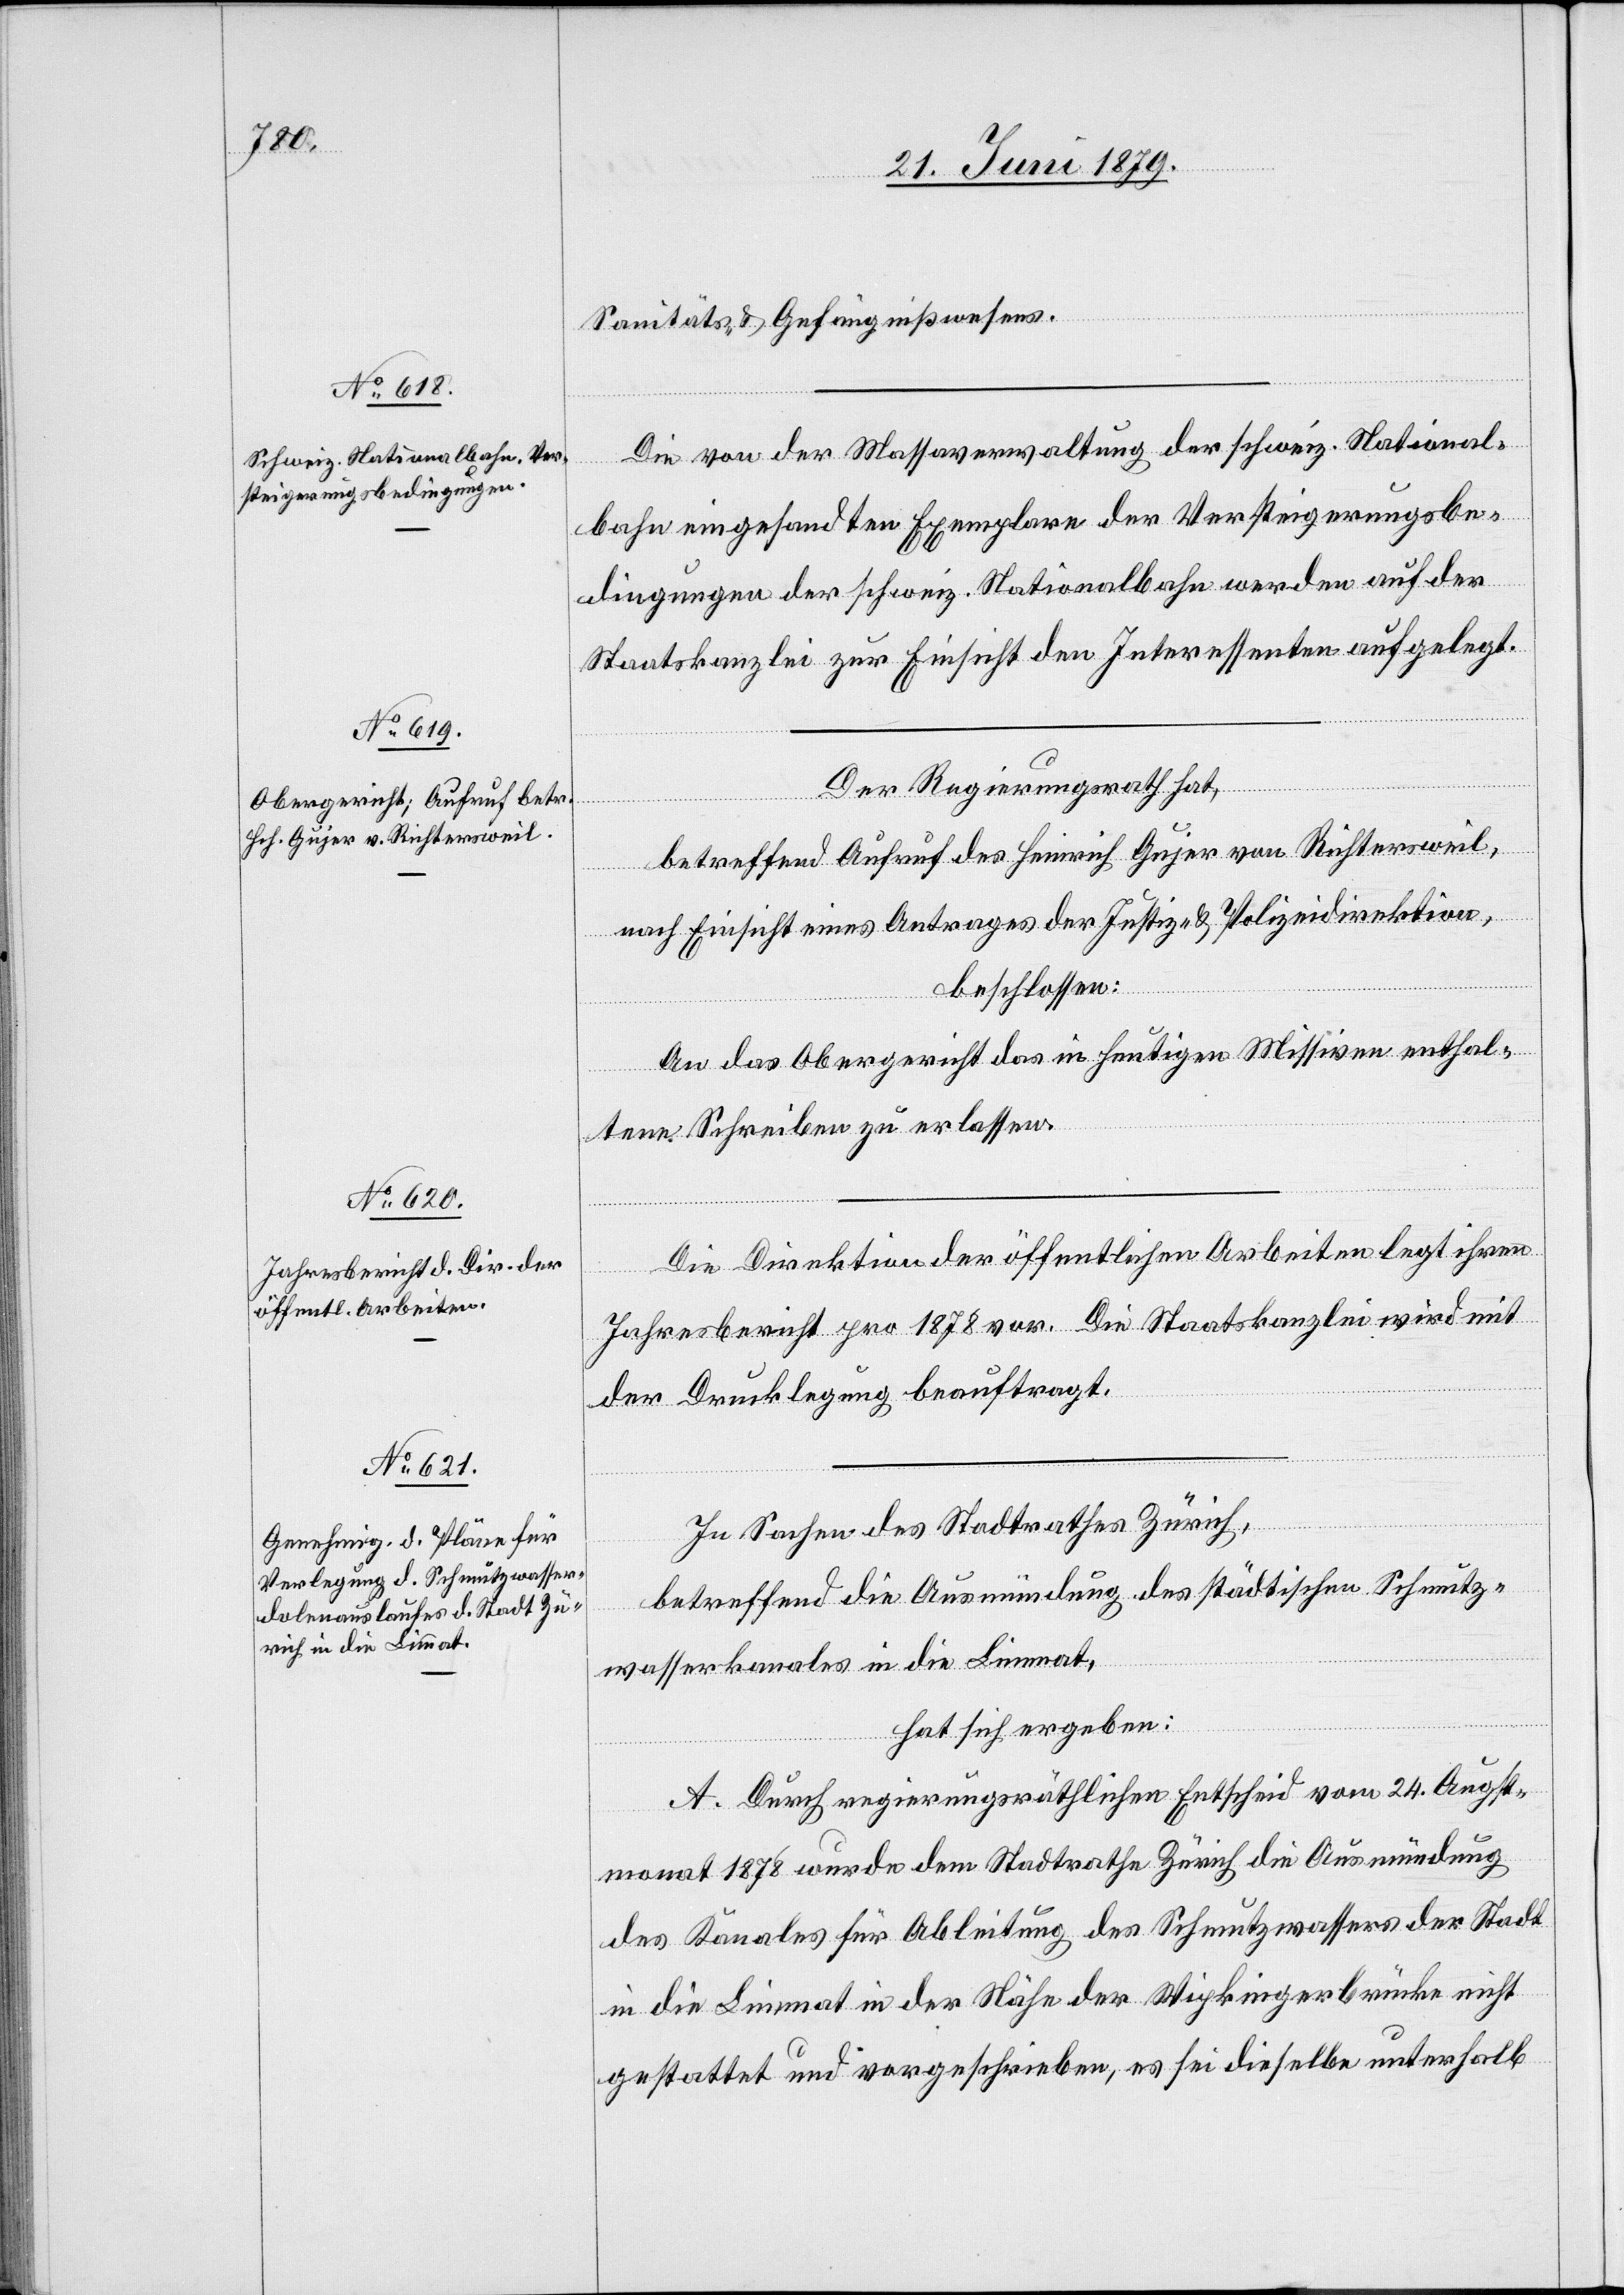
Sanitäts- & Gefängnißwesens.
Die von der Massaverwaltung der schweiz. National¬
bahn eingesandten Exemplare der Versteigerungsbe¬
dingungen der schweiz. Nationalbahn werden auf der
Staatskanzlei zur Einsicht den Interessenten aufgelegt.
Der Regierungsrath hat,
betreffend Aufruf des Heinrich Gujer von Richtersweil,
nach Einsicht eines Antrages der Justiz- & Polizeidirektion,
beschlossen:
An das Obergericht das in heutigen Missiven enthal¬
tene Schreiben zu erlassen.
Die Direktion der öffentlichen Arbeiten legt ihren
Jahresbericht pro 1878 vor. Die Staatskanzlei wird mit
der Drucklegung beauftragt.
In Sachen des Stadtrathes Zürich,
betreffend die Ausmündung des städtischen Schmutz¬
wasserkanales in die Limmat,
hat sich ergeben:
A. Durch regierungsräthlichen Entscheid vom 24. Augst¬
monat 1878 wurde dem Stadtrathe Zürich die Ausmündung
des Kanales für Ableitung des Schmutzwassers der Stadt
in die Limmat in der Nähe der Wipkingerbrücke nicht
gestattet und vorgeschrieben, es sei dieselbe unterhalb